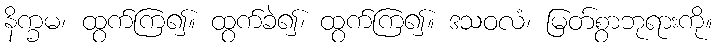
နိက္ခမ၊ ထွက်ကြ၍။ ထွက်ခဲ၍၊ ထွက်ကြ၍။ ဒသဝလံ၊ မြတ်စွာဘုရားကို။